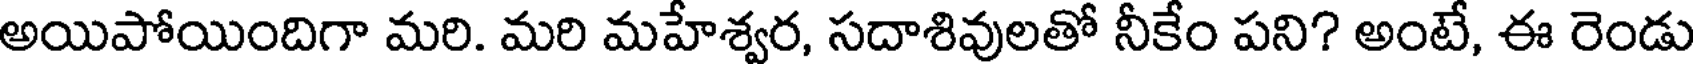
అయిపోయిందిగా మరి. మరి మహేశ్వర, సదాశివులతో నీకేం పని? అంటే, ఈ రెండు